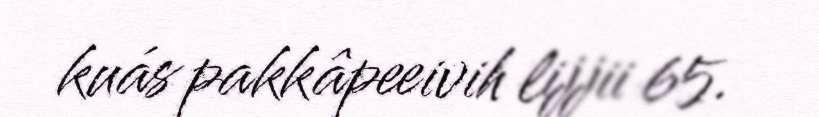
kuás pakkâpeeivih lijjii 65.